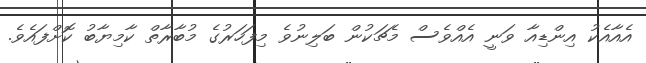
އެއާއެކު އިންޑިއާ ވަނީ އެއްވެސް މެޗަކުން ބަލިނުވެ މިފަހަރުގެ މުބާރާތް ކާމިޔާބު ކޮށްފައެވެ.